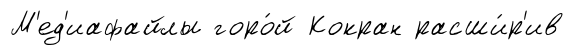
М'ед'иафайлы горо́й Кокран расши́р'ив